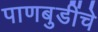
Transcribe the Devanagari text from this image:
पाणबुडींचे